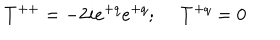
LaTeX: T ^ { + + } = - 2 i e ^ { + q } e ^ { + q } ; \ T ^ { + q } = 0